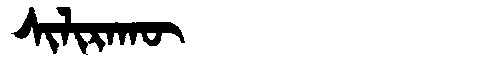
Manchu: ᠰᡳᠯᡳᡵᠠᡴᡡ
Romanization: SILIRAKŪ